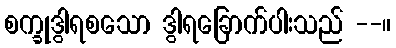
စက္ခုဒွါရစသော ဒွါရခြောက်ပါးသည် --။